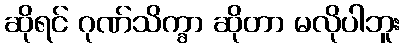
ဆိုရင် ဂုဏ်သိက္ခာ ဆိုတာ မလိုပါဘူး